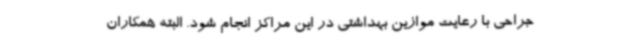
جراحی با رعایت موازین بهداشتی در این مراکز انجام شود. البته همکاران